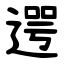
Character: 遌